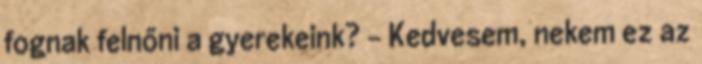
fognak felnőni a gyerekeink? – Kedvesem, nekem ez az